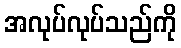
အလုပ်လုပ်သည်ကို